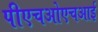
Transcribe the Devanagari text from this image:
पीएचओएचआई